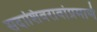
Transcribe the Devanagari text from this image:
सदाशिवरावांप्रमाणेे